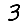
Digit: 3